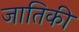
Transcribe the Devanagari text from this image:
जातिकी